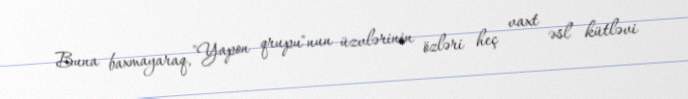
Buna baxmayaraq, "Yapon qrupu"nun üzvlərinin özləri heç vaxt əsl kütləvi